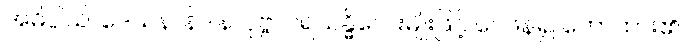
အဓိပ္ပါယ်၊ ဒေသနာနိဒါန၊ ပုဗ္ဗာပရသန္ဓိလေးမျိုးဖြင့် ဝေဖန်၍ ဟောထား၏။